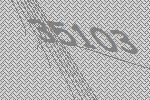
35103